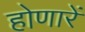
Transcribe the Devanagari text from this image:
होणारें